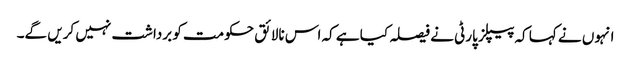
انہوں نے کہا کہ پیپلز پارٹی نے فیصلہ کیا ہے کہ اس نالائق حکومت کو برداشت نہیں کریں گے۔